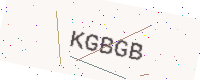
Text: KGBGB